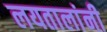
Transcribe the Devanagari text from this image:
लयतालांनी